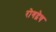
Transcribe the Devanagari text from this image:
रोगद्वेष